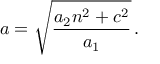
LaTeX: a = \sqrt { \frac { a _ { 2 } n ^ { 2 } + c ^ { 2 } } { a _ { 1 } } } \, .